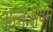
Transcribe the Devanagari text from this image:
अन्तःक्षेपन